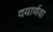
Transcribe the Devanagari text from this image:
दयार्णवा